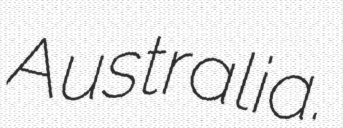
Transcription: Australia.